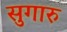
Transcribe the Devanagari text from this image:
सुगारु